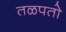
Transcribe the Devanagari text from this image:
तळपतो